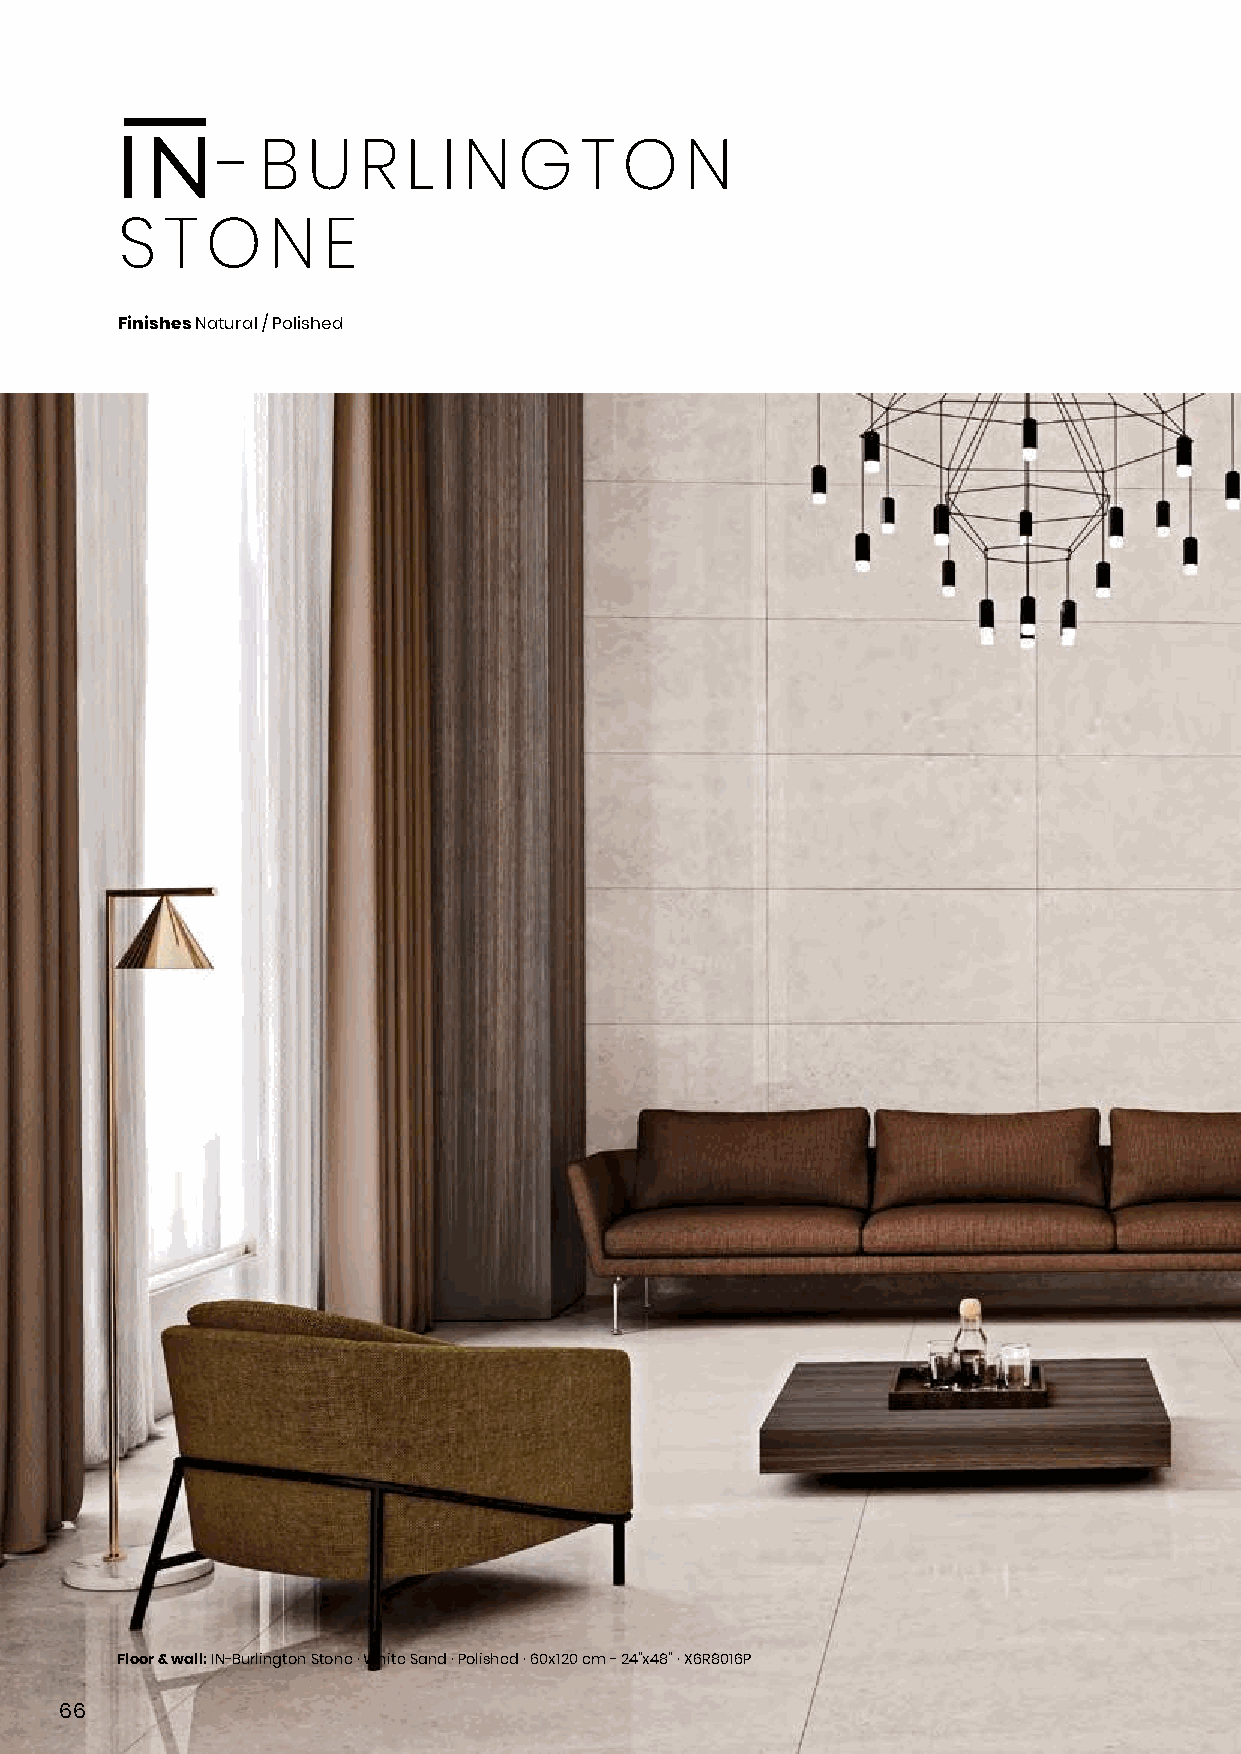
- B  U   R  L I N  G   T  O   N
 S  T  O   N  E
 Finishes Natural / Polished
 Floor & wall: IN-Burlington Stone · White Sand · Polished · 60x120 cm - 24”x48” · X6R8016P
 66